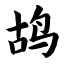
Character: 鸪